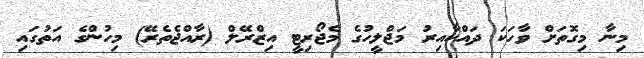
މިނާ މިގޮތަށް ވާހަކަ ދައްކާއިރު މަޖްލީހުގެ މެޖޯރިޓީ އިޒްރޭލް (ރާއްޖެތެރޭ) މިހުންގެ އަތުގައި